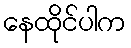
နေထိုင်ပါက